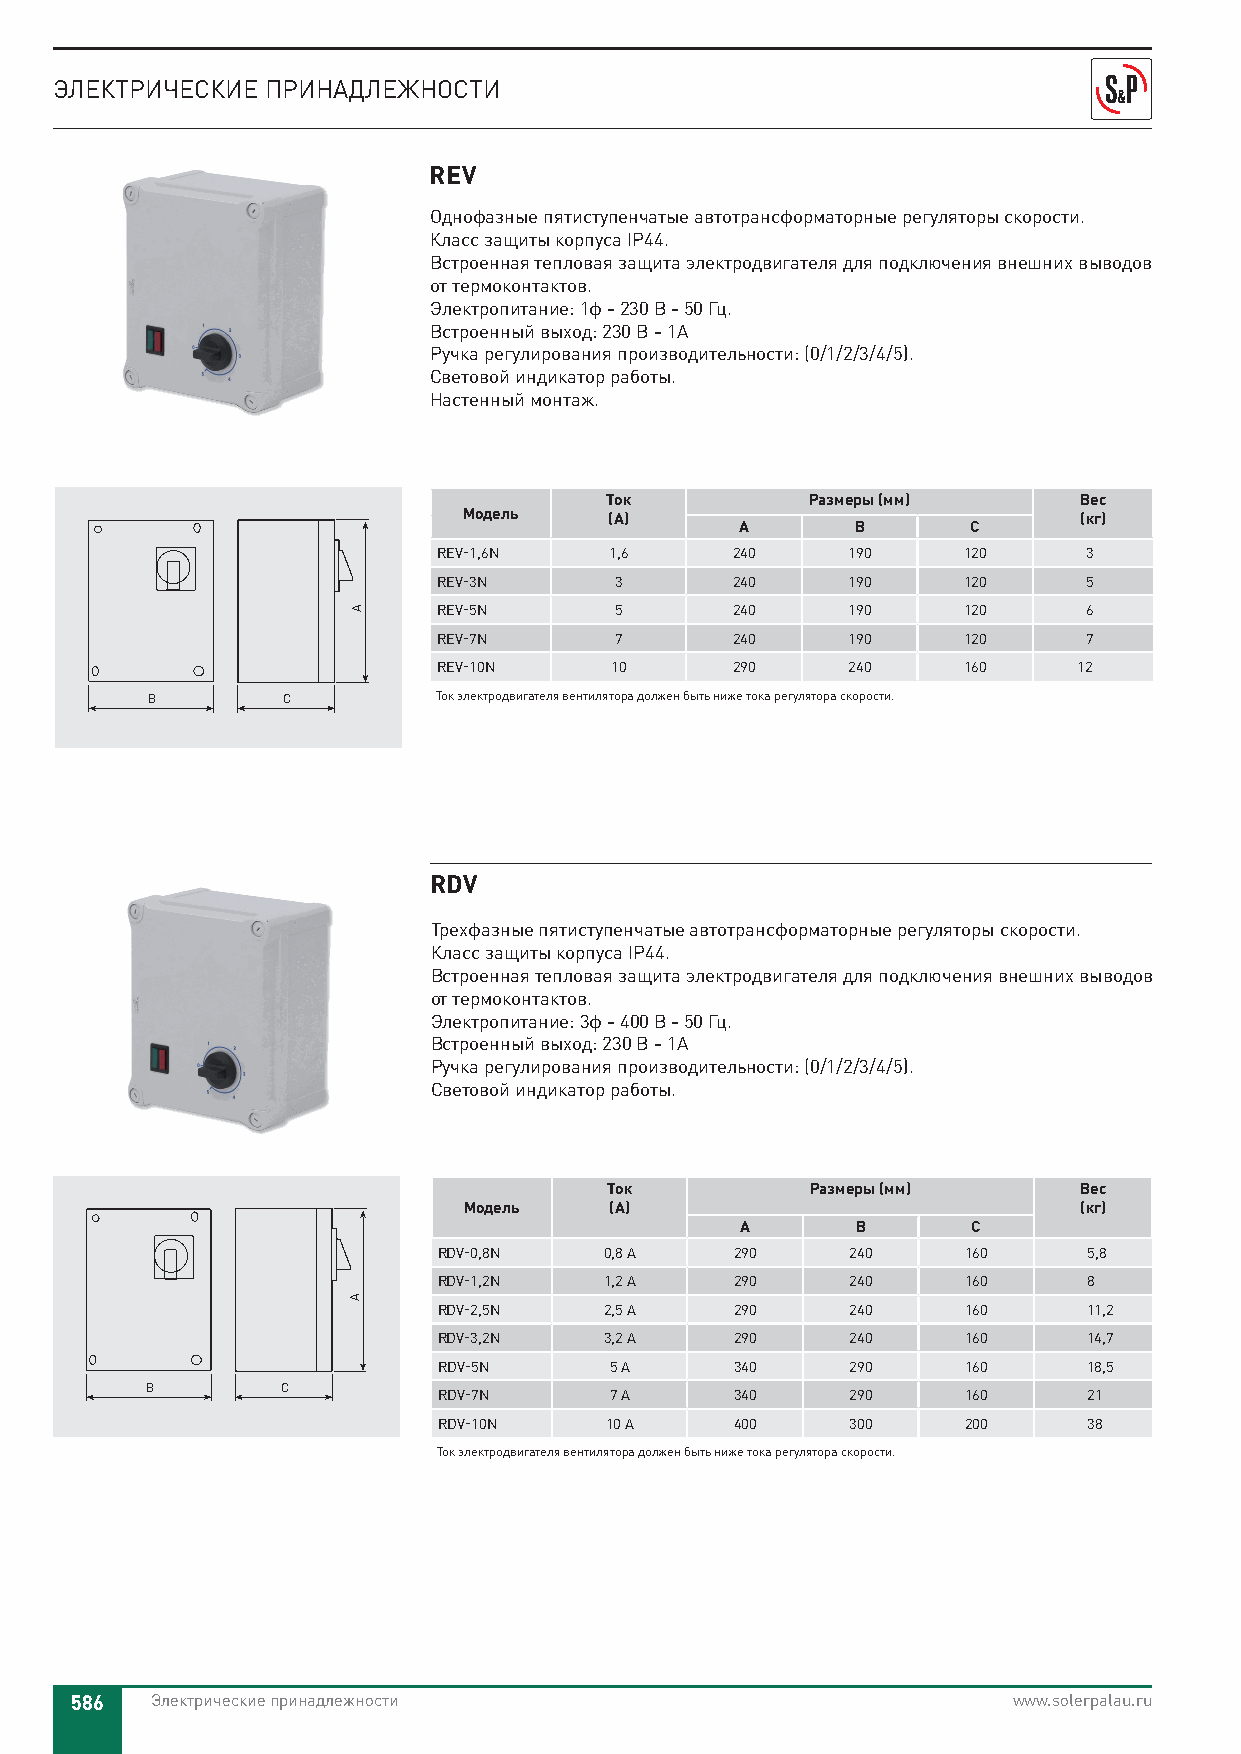
ЭЛЕКТРИЧЕСКИЕ ПРИНАДЛЕЖНОСТИ
 REV
 Однофазные пятиступенчатые автотрансформаторные регуляторы скорости.
 Класс защиты корпуса IP44.
 Встроенная тепловая защита электродвигателя для подключения внешних выводов
 от термоконтактов.
 Электропитание: 1ф - 230 В - 50 Гц.
 Встроенный выход: 230 В - 1A
 Ручка регулирования производительности: (0/1/2/3/4/5).
 Световой индикатор работы.
 Настенный монтаж.
 Ток           Размеры (мм)     Вес
 Модель   (А)                            (кг)
 A       B      C
 REV-1,6N   1,6     240     190     120     3
 REV-3N      3      240     190     120     5
 REV-5N      5      240     190     120     6
 REV-7N      7      240     190     120     7
 REV-10N    10      290     240     160    12
 B        C         Ток электродвигателя вентилятора должен быть ниже тока регулятора скорости.
 RDV
 Трехфазные пятиступенчатые автотрансформаторные регуляторы скорости.
 Класс защиты корпуса IP44.
 Встроенная тепловая защита электродвигателя для подключения внешних выводов
 от термоконтактов.
 Электропитание: 3ф - 400 В - 50 Гц.
 Встроенный выход: 230 В - 1A
 Ручка регулирования производительности: (0/1/2/3/4/5).
 Световой индикатор работы.
 Ток           Размеры (мм)     Вес
 Модель   (А)                            (кг)
 A       B      C
 RDV-0,8N   0,8 A    290    240     160     5,8
 RDV-1,2N   1,2 A    290    240     160     8
 RDV-2,5N   2,5 A    290    240     160     11,2
 RDV-3,2N   3,2 A    290    240     160     14,7
 RDV-5N     5 A      340    290     160     18,5
 B        C
 RDV-7N     7 A      340    290     160     21
 RDV-10N    10 A     400    300     200     38
 Ток электродвигателя вентилятора должен быть ниже тока регулятора скорости.
 586  Электрические принадлежности                             www.solerpalau.ru
 A
 A